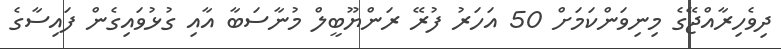
ދިވެހިރާއްޖޭގެ މިނިވަންކަމަށް 50 އަހަރު ފުރޭ ރަންޔޫބީލް މުނާސަބާ އާއި ގުޅުވައިގެން ފައިސާގެ